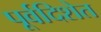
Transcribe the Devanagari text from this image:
पूर्वदिशेत